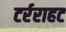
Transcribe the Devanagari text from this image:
टर्रराहट